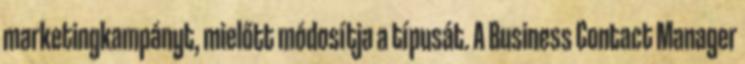
marketingkampányt, mielőtt módosítja a típusát. A Business Contact Manager